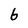
Character: 6